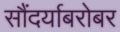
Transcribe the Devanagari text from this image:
सौंदर्याबरोबर